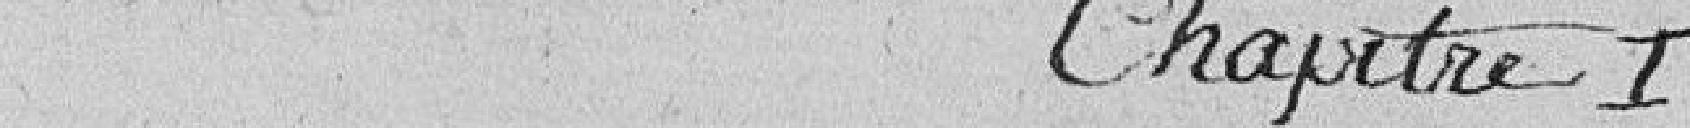
Chapitre I